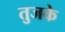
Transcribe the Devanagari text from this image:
तुजके